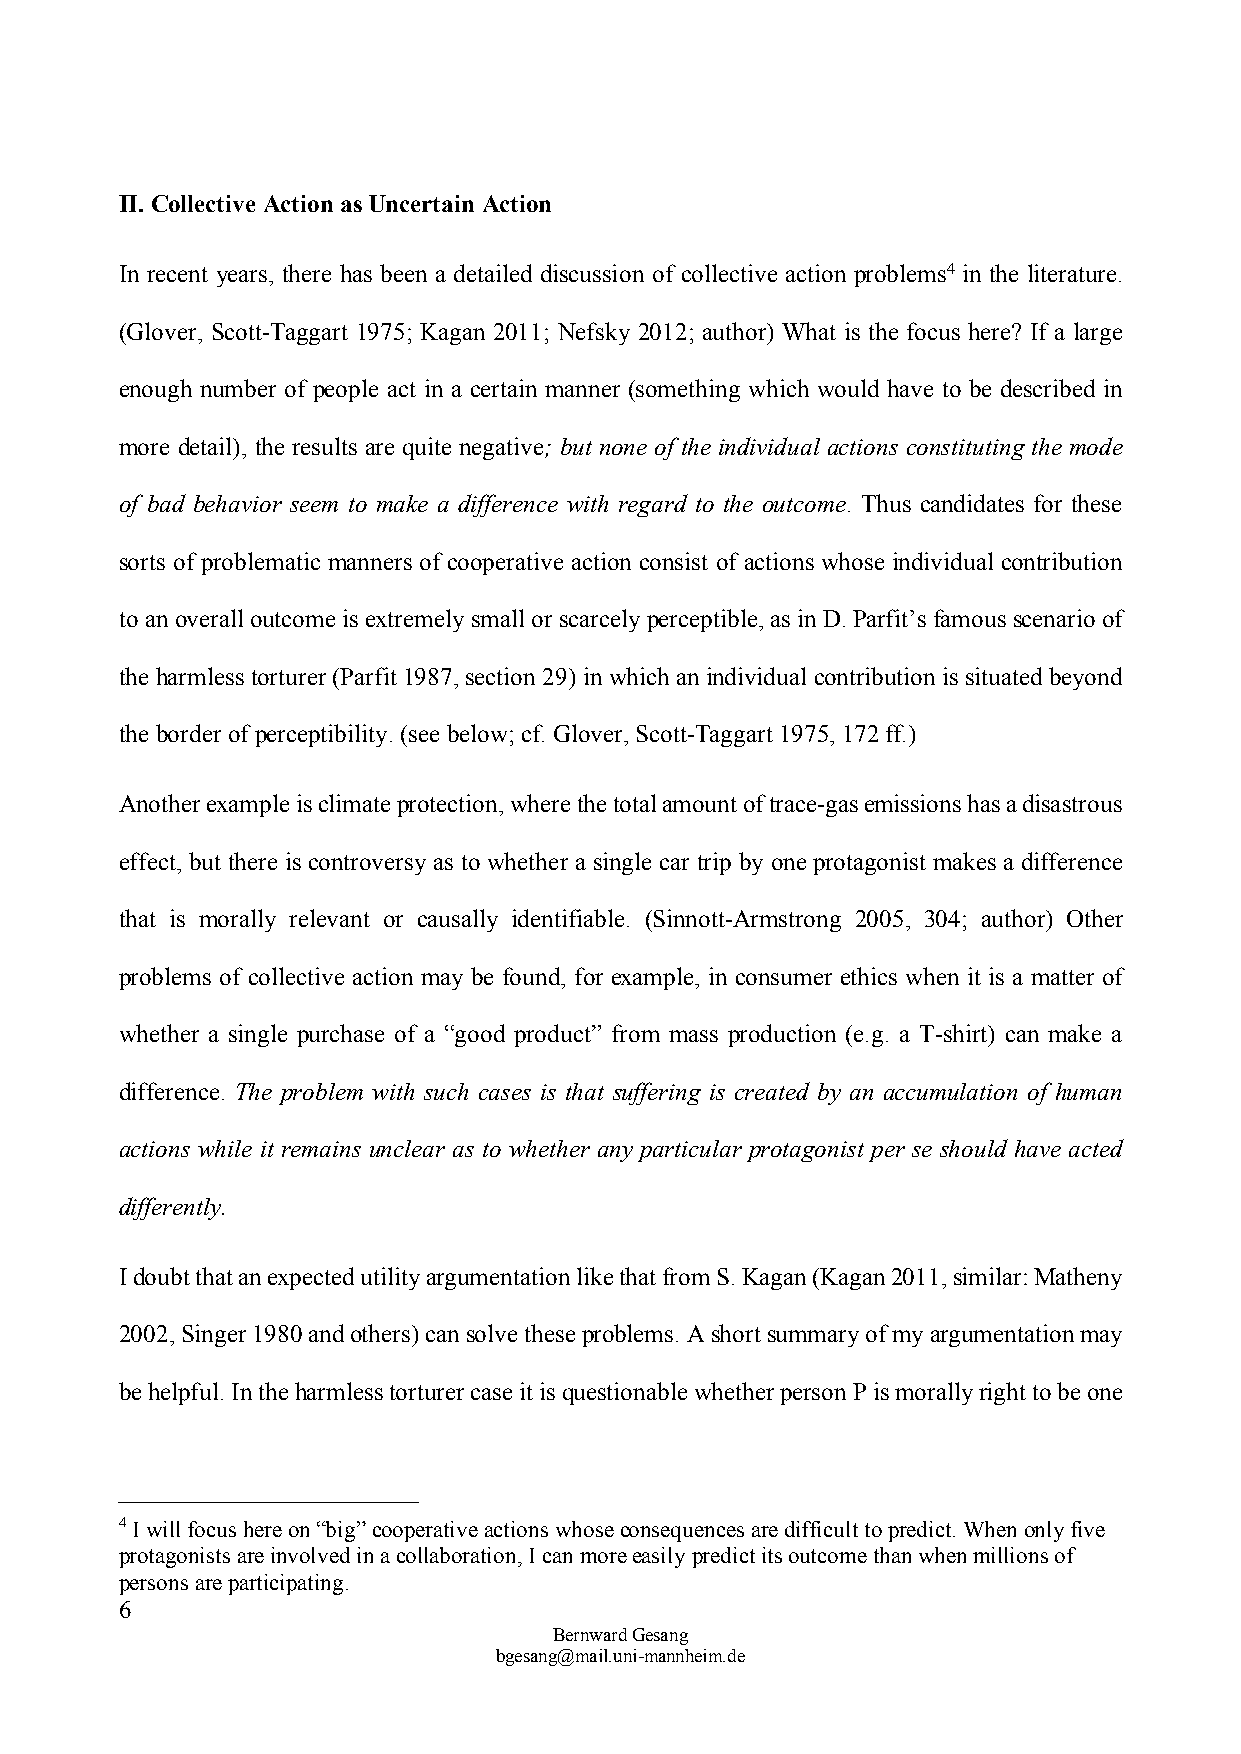
II. Collective Action as Uncertain Action
 In recent years, there has been a detailed discussion of collective action problems4 in the literature.
 (Glover, Scott-Taggart 1975; Kagan 2011; Nefsky 2012; author) What is the focus here? If a large
 enough number of people act in a certain manner (something which would have to be described in
 more detail), the results are quite negative; but none of the individual actions constituting the mode
 of bad behavior seem to make a difference with regard to the outcome. Thus candidates for these
 sorts of problematic manners of cooperative action consist of actions whose individual contribution
 to an overall outcome is extremely small or scarcely perceptible, as in D. Parfit’s famous scenario of
 the harmless torturer (Parfit 1987, section 29) in which an individual contribution is situated beyond
 the border of perceptibility. (see below; cf. Glover, Scott-Taggart 1975, 172 ff.)
 Another example is climate protection, where the total amount of trace-gas emissions has a disastrous
 effect, but there is controversy as to whether a single car trip by one protagonist makes a difference
 that is morally relevant or causally identifiable. (Sinnott-Armstrong 2005, 304; author) Other
 problems of collective action may be found, for example, in consumer ethics when it is a matter of
 whether a single purchase of a “good product” from mass production (e.g. a T-shirt) can make a
 difference. The problem with such cases is that suffering is created by an accumulation of human
 actions while it remains unclear as to whether any particular protagonist per se should have acted
 differently.
 I doubt that an expected utility argumentation like that from S. Kagan (Kagan 2011, similar: Matheny
 2002, Singer 1980 and others) can solve these problems. A short summary of my argumentation may
 be helpful. In the harmless torturer case it is questionable whether person P is morally right to be one
 4 I will focus here on “big” cooperative actions whose consequences are difficult to predict. When only five
 protagonists are involved in a collaboration, I can more easily predict its outcome than when millions of
 persons are participating.
 6
 Bernward Gesang
 bgesang@mail.uni-mannheim.de